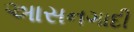
આસનગાદી